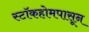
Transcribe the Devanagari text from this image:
स्टॉकहोमपासून